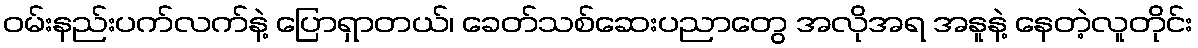
ဝမ်းနည်းပက်လက်နဲ့ ပြောရှာတယ်၊ ခေတ်သစ်ဆေးပညာတွေ အလိုအရ အနူနဲ့ နေတဲ့လူတိုင်း